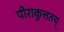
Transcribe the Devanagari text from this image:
पीराकुत्ततय्